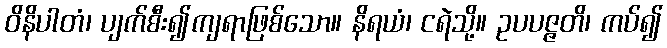
ဝိနိပါတံ၊ ပျက်စီး၍ကျရာဖြစ်သော။ နိရယံ၊ ငရဲသို့။ ဥပပဇ္ဇတိ၊ ကပ်၍